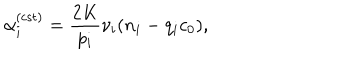
\alpha _ { i } ^ { ( \mathrm { c s t } ) } = \frac { 2 K } { p _ { i } } \nu _ { i } ( n _ { i } - q _ { i } c _ { 0 } ) ,